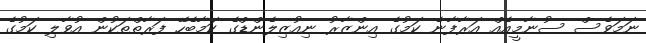
ނަމަވެސް ސުނާމީއެއް އަރާފާނެ ކަމުގެ އިންޒާރު ނިއުޒިލެންޑްގެ ކަމާބެހޭ ފަރާތްތަކުން އުވާލި ކަމުގެ